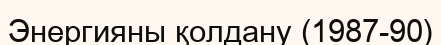
Энергияны қолдану (1987-90)